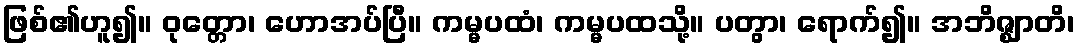
ဖြစ်၏ဟူ၍။ ဝုတ္တော၊ ဟောအပ်ပြီ။ ကမ္မပထံ၊ ကမ္မပထသို့။ ပတွာ၊ ရောက်၍။ အဘိဇ္ဈာတိ၊